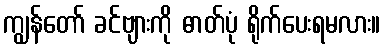
ကျွန်တော် ခင်ဗျားကို ဓာတ်ပုံ ရိုက်ပေးရမလား။